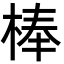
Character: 棒